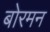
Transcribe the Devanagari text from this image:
बोरमन